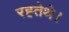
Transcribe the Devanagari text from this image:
रह्तेथे।